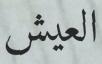
العيش